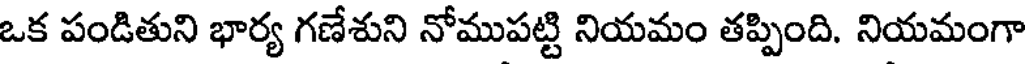
ఒక పండితుని భార్య గణేశుని నోముపట్టి నియమం తప్పింది. నియమంగా